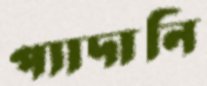
প্যাদানি